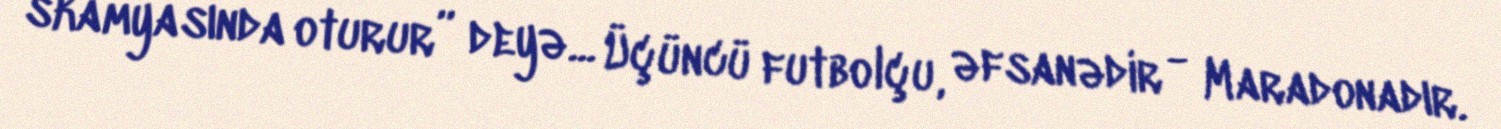
skamyasında oturur” deyə... Üçüncü futbolçu, əfsanədir - Maradonadır.